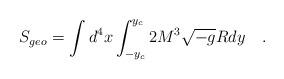
LaTeX: \begin{align*}S_{geo}=\int d^4x\int_{-y_c}^{y_c}2M^3\sqrt{-g}Rdy\quad . \end{align*}